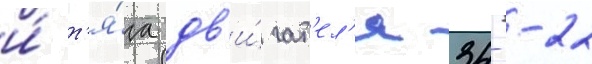
и́ т'я́га дв'и́гат'ел'я 34--22